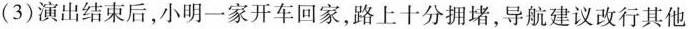
(3)演出结束后，小明一家开车回家，路上十分拥堵，导航建议改行其他